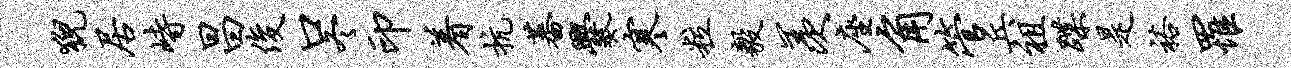
猊居峙昌俊口冬印着抗蕃爨寒粒毅羡座角管兵祖蹀是裕罹